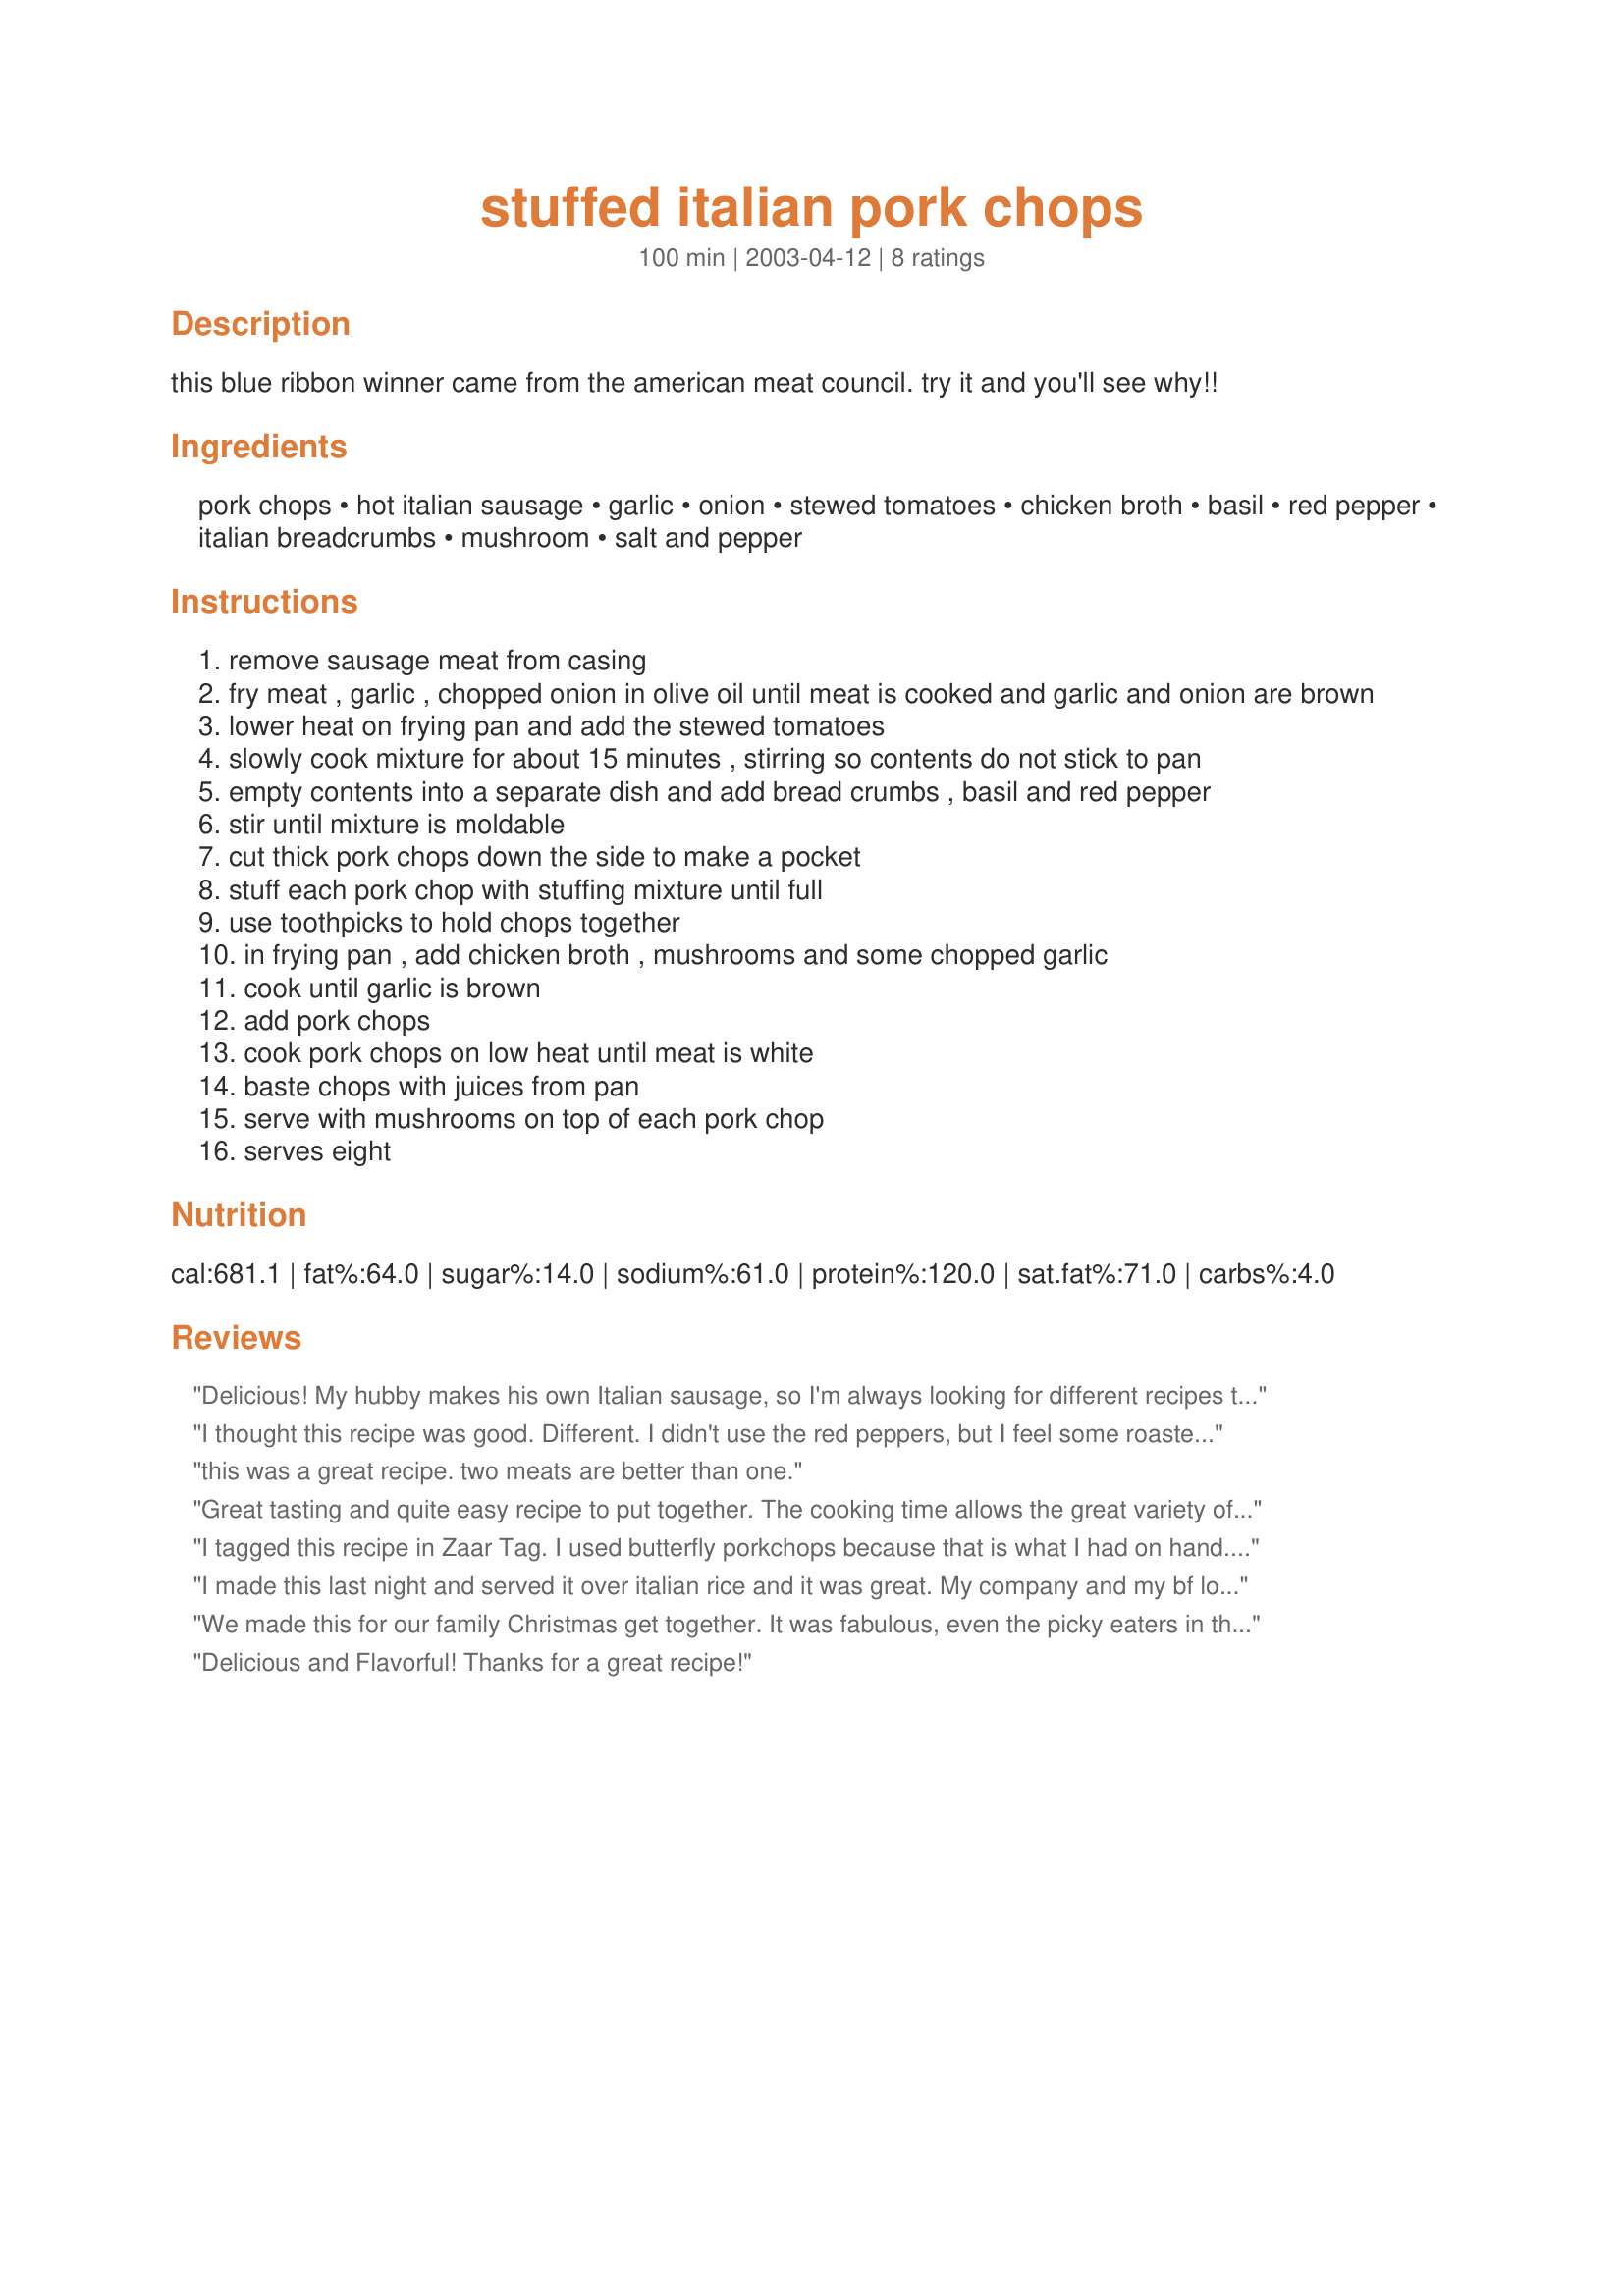
stuffed italian pork chops
Preparation time: 100 minutes

this blue ribbon winner came from the american meat council. try it and you'll see why!!

Ingredients:
pork chops, hot italian sausage, garlic, onion, stewed tomatoes, chicken broth, basil, red pepper, italian breadcrumbs, mushroom, salt and pepper

Steps:
remove sausage meat from casing
fry meat , garlic , chopped onion in olive oil until meat is cooked and garlic and onion are brown
lower heat on frying pan and add the stewed tomatoes
slowly cook mixture for about 15 minutes , stirring so contents do not stick to pan
empty contents into a separate dish and add bread crumbs , basil and red pepper
stir until mixture is moldable
cut thick pork chops down the side to make a pocket
stuff each pork chop with stuffing mixture until full
use toothpicks to hold chops together
in frying pan , add chicken broth , mushrooms and some chopped garlic
cook until garlic is brown
add pork chops
cook pork chops on low heat until meat is white
baste chops with juices from pan
serve with mushrooms on top of each pork chop
serves eight

Reviews:
Delicious! My hubby makes his own Italian sausage, so I'm always looking for different recipes to use the sausage. I used thick butterfly-cut pork, stuffed them and folded them in half. I followed the directions exactly, but I did cover the skillet with a lid while cooking and it took about an hour. Wouldn't change a thing! Thanks Aroostook!
I thought this recipe was good. Different. I didn't use the red peppers, but I feel some roasted bell may have kicked this up a bit. I may play with the recipe again, it's much better than stuffed chops with breading.
this was a great recipe. two meats are better than one.
 Great tasting and quite easy recipe to put together. The cooking time allows the great variety of fragrances to permiate not only your house but your neighbors as well. My kitty kats Couldn't and wouldn't leave me or my wife alone until they had their share. Great tasting Chops!
I tagged this recipe in Zaar Tag. I used butterfly porkchops because that is what I had on hand. Split them in two, sliced down the outside and stuffed them. I also used diced tomatoes (by mistake) but still very good. Alot of flavor mingling go on in this recipe. Pork, mushrooms, chicken, sausage and spices flowed together wonderfully. Good recipe. I will make it again.
I made this last night and served it over italian rice and it was great. My company and my bf loved it too. I definitely will be making this again!!
We made this for our family Christmas get together. It was fabulous, even the picky eaters in the bunch absolutely raved about the flavor. The only down-side is that there were no leftovers.
Delicious and Flavorful! Thanks for a great recipe!
